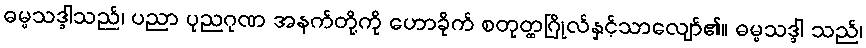
ဓမ္မသဒ္ဒါသည်၊ ပညာ ပုညဂုဏ အနက်တို့ကို ဟောခိုက် စတုတ္ထဂြိုလ်နှင့်သာလျော်၏။ ဓမ္မသဒ္ဒါ သည်၊